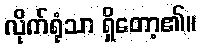
လိုက်ရုံသာ ရှိတော့၏။